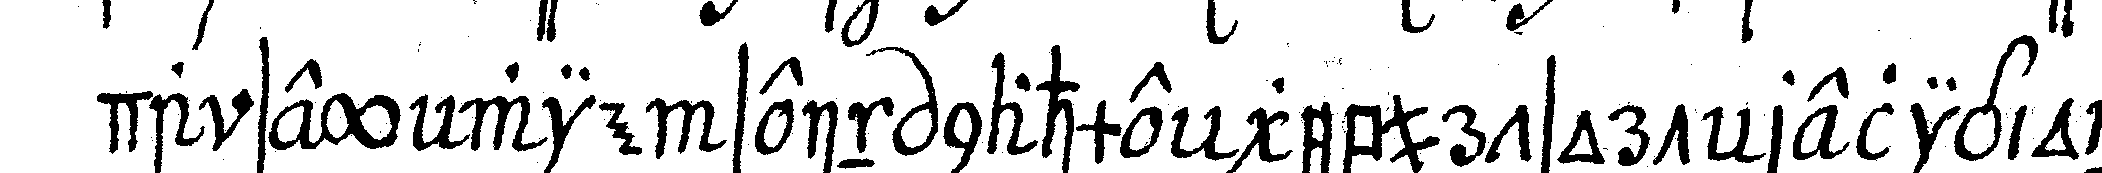
da sey wie sein nahme geburtsort religion